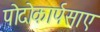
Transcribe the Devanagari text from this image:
पोदोकार्पसाए